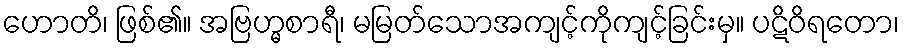
ဟောတိ၊ ဖြစ်၏။ အဗြဟ္မစာရီ၊ မမြတ်သောအကျင့်ကိုကျင့်ခြင်းမှ။ ပဋိဝိရတော၊